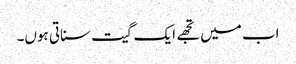
اب میں تجھے ایک گیت سناتی ہوں۔